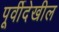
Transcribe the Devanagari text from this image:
पूर्वीदेखील